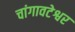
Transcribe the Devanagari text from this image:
चांगावटेश्वर